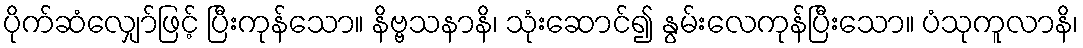
ပိုက်ဆံလျှော်ဖြင့် ပြီးကုန်သော။ နိဗ္ဗသနာနိ၊ သုံးဆောင်၍ နွမ်းလေကုန်ပြီးသော။ ပံသုကူလာနိ၊